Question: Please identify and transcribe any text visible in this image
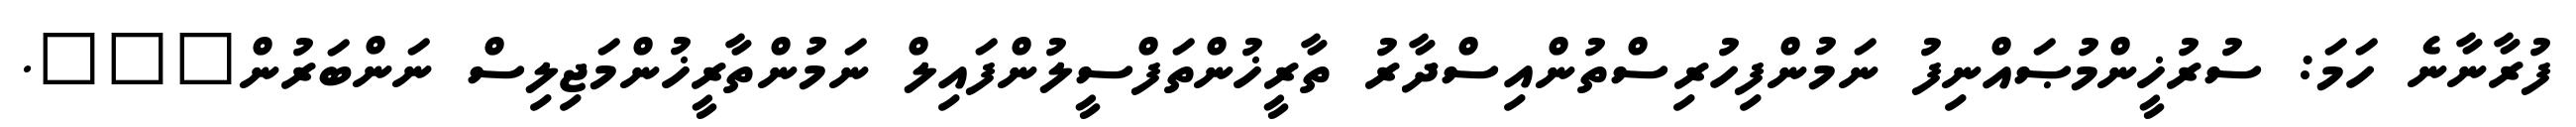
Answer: ފުރާނާނެ ހަމަ: ސުރުޚީންމުޞައްނިފު ނަމުންފިހުރިސްތުންއިސްދާރު ތާރީޚުންތަފްސީލުންފައިލް ނަމުންތާރީޚުންމަޖިލިސް ނަންބަރުން???.